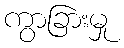
ကွာခြားမှု